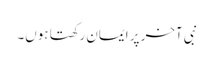
نبی آخر پر ایمان رکھتا ہوں۔